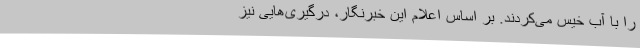
را با آب خیس می‌کردند. بر اساس اعلام این خبرنگار، درگیری‌هایی نیز